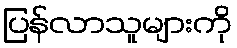
ပြန်လာသူများကို